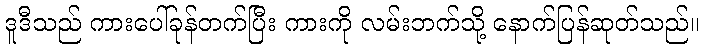
ဒူဒီသည် ကားပေါ်ခုန်တက်ပြီး ကားကို လမ်းဘက်သို့ နောက်ပြန်ဆုတ်သည်။